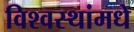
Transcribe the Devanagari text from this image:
विश्वस्थांमधे